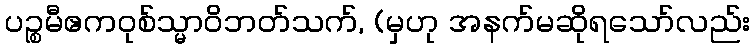
ပဉ္စမီဧကဝုစ်သ္မာဝိဘတ်သက်, (မှဟု အနက်မဆိုရသော်လည်း